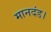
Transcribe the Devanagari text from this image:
मानदंड।